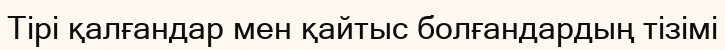
Тірі қалғандар мен қайтыс болғандардың тізімі